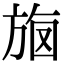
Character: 𣃳